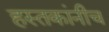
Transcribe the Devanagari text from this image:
हस्तकांनीच